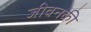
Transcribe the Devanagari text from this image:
जीवनकी